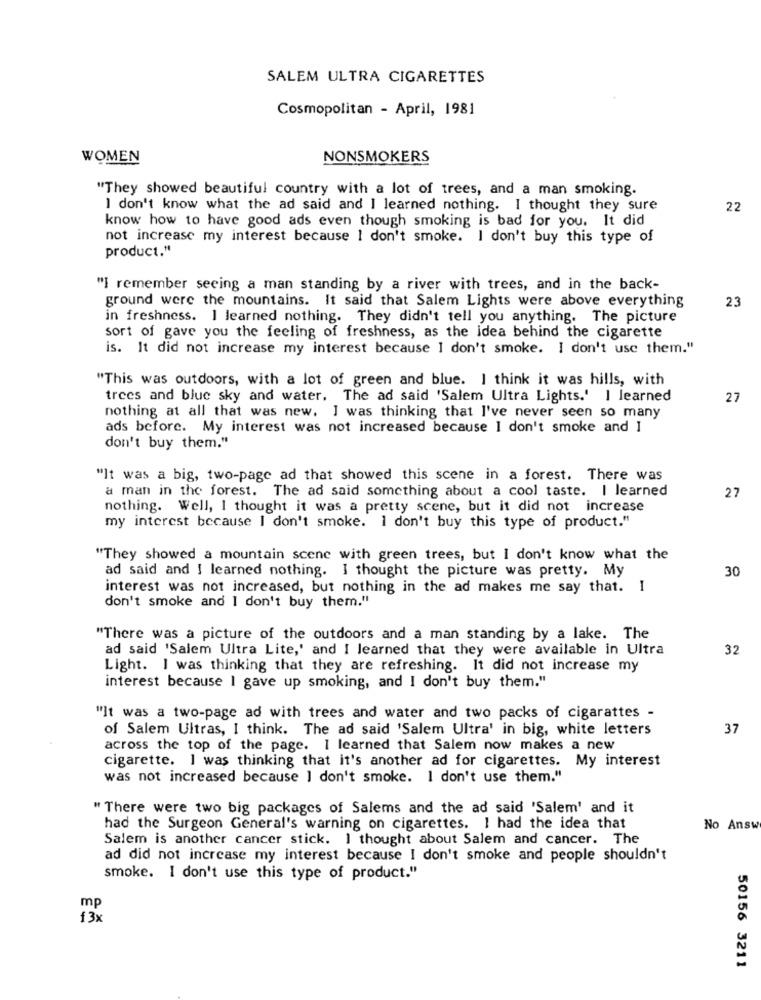
SALEM ULTRA CIGARETTES
Cosmopolitan - April, 1981
WOMEN
NONSMOKERS
"They showed beautiful country with a lot of trees, and a man smoking.
I don't know what the ad said and I learned nothing. I thought they sure
22
know how to have good ads even though smoking is bad for you. It did
not increase my interest because I don't smoke. I don't buy this type of
product."
"I remember seeing a man standing by a river with trees, and in the back-
ground were the mountains. It said that Salem Lights were above everything
23
in freshness. I learned nothing. They didn't tell you anything. The picture
sort of gave you the feeling of freshness, as the idea behind the cigarette
is. It did not increase my interest because I don't smoke. I don't use them."
"This was outdoors, with a lot of green and blue. I think it was hills, with
trees and blue sky and water, The ad said 'Salem Ultra Lights.' I learned
27
nothing at all that was new. I was thinking that I've never seen so many
ads before. My interest was not increased because I don't smoke and I
don't buy them."
"It was a big, two-page ad that showed this scene in a forest. There was
a man in the forest. The ad said something about a cool taste. I learned
27
nothing. Well, I thought it was a pretty scene, but it did not increase
my interest because I don't smoke. I don't buy this type of product."
"They showed a mountain scene with green trees, but I don't know what the
ad said and I learned nothing. I thought the picture was pretty. My
30
interest was not increased, but nothing in the ad makes me say that. I
don't smoke and I don't buy them."
"There was a picture of the outdoors and a man standing by a lake. The
ad said 'Salem Ultra Lite,' and I learned that they were available in Ultra
32
Light. I was thinking that they are refreshing. It did not increase my
interest because I gave up smoking, and I don't buy them."
"It was a two-page ad with trees and water and two packs of cigarattes -
of Salem Ultras, I think. The ad said 'Salem Ultra' in big, white letters
37
across the top of the page. I learned that Salem now makes a new
cigarette. I was thinking that it's another ad for cigarettes. My interest
was not increased because I don't smoke. I don't use them."
" There were two big packages of Salems and the ad said 'Salem' and it
had the Surgeon General's warning on cigarettes. I had the idea that
No Answ
Salem is another cancer stick. I thought about Salem and cancer. The
ad did not increase my interest because I don't smoke and people shouldn't
smoke. I don't use this type of product."
mp
13x
50156 3211